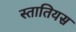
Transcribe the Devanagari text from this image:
स्तातियस